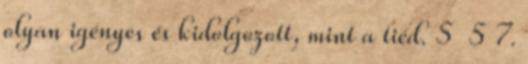
olyan igényes és kidolgozott, mint a tiéd. 5 5 7.